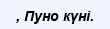
, Пуно күні.